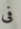
فى